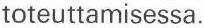
toteuttamisessa.